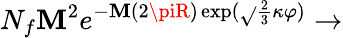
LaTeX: N_{f}\mathbf{M}^{2}e^{-\mathbf{M}(2\piR)\exp(\sqrt{}{{\frac{2}{3}}}\kappa\varphi)}\rightarrow